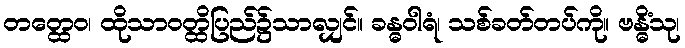
တတ္ထေဝ၊ ထိုသာဝတ္ထိပြည်၌သာလျှင်။ ခန္ဓဝါရံ၊ သစ်ခတ်တပ်ကို။ ဗန္ဓိံသု၊